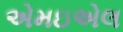
એમઇએલ